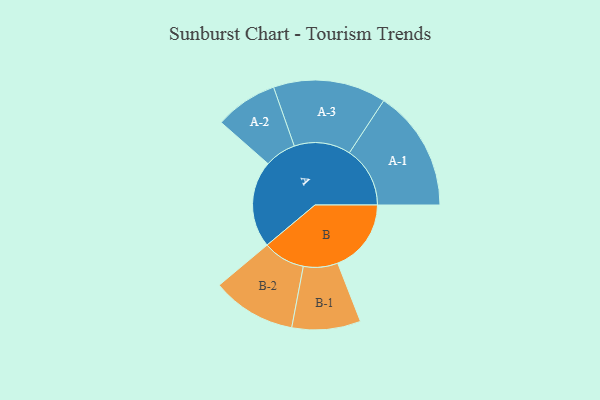
{"axis": {"x": "Segment", "y": "Value"}, "legend": ["", "A", "B"], "data": [{"x": "A", "y": 291, "type": ""}, {"x": "B", "y": 246, "type": ""}, {"x": "A-1", "y": 203, "type": "A"}, {"x": "A-2", "y": 105, "type": "A"}, {"x": "A-3", "y": 189, "type": "A"}, {"x": "B-1", "y": 115, "type": "B"}, {"x": "B-2", "y": 141, "type": "B"}]}